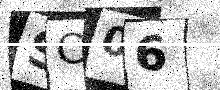
Text: SC06